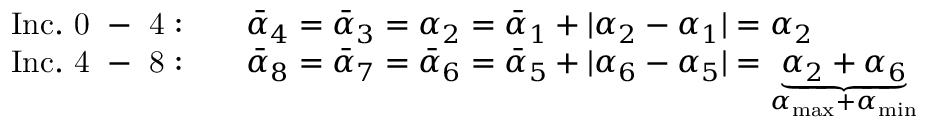
\begin{array} { r l } { \mathrm { I n c . ~ 0 ~ - ~ 4 : } \quad } & { \Bar { \alpha } _ { 4 } = \Bar { \alpha } _ { 3 } = \alpha _ { 2 } = \Bar { \alpha } _ { 1 } + | \alpha _ { 2 } - \alpha _ { 1 } | = \alpha _ { 2 } } \\ { \mathrm { I n c . ~ 4 ~ - ~ 8 : } \quad } & { \Bar { \alpha } _ { 8 } = \Bar { \alpha } _ { 7 } = \Bar { \alpha } _ { 6 } = \Bar { \alpha } _ { 5 } + | \alpha _ { 6 } - \alpha _ { 5 } | = \underbrace { \alpha _ { 2 } + \alpha _ { 6 } } _ { \alpha _ { \mathrm { m a x } } + \alpha _ { \mathrm { m i n } } } } \end{array}